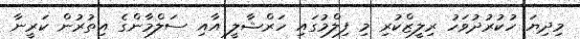
މިދިޔަ ހުކުރުދުވަހު ރިލީޒްކުރި މި ފިލްމުގައި ހަރްޝާލީ އާއި ސަލްމާންގެ އިތުރުން ކަރީނާ